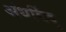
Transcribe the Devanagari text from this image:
अंधबिंदु